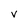
Character: V